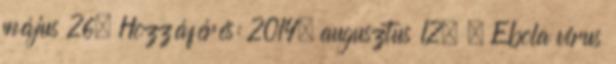
május 26. Hozzáférés: 2014. augusztus 12. ↑ Ebola virus